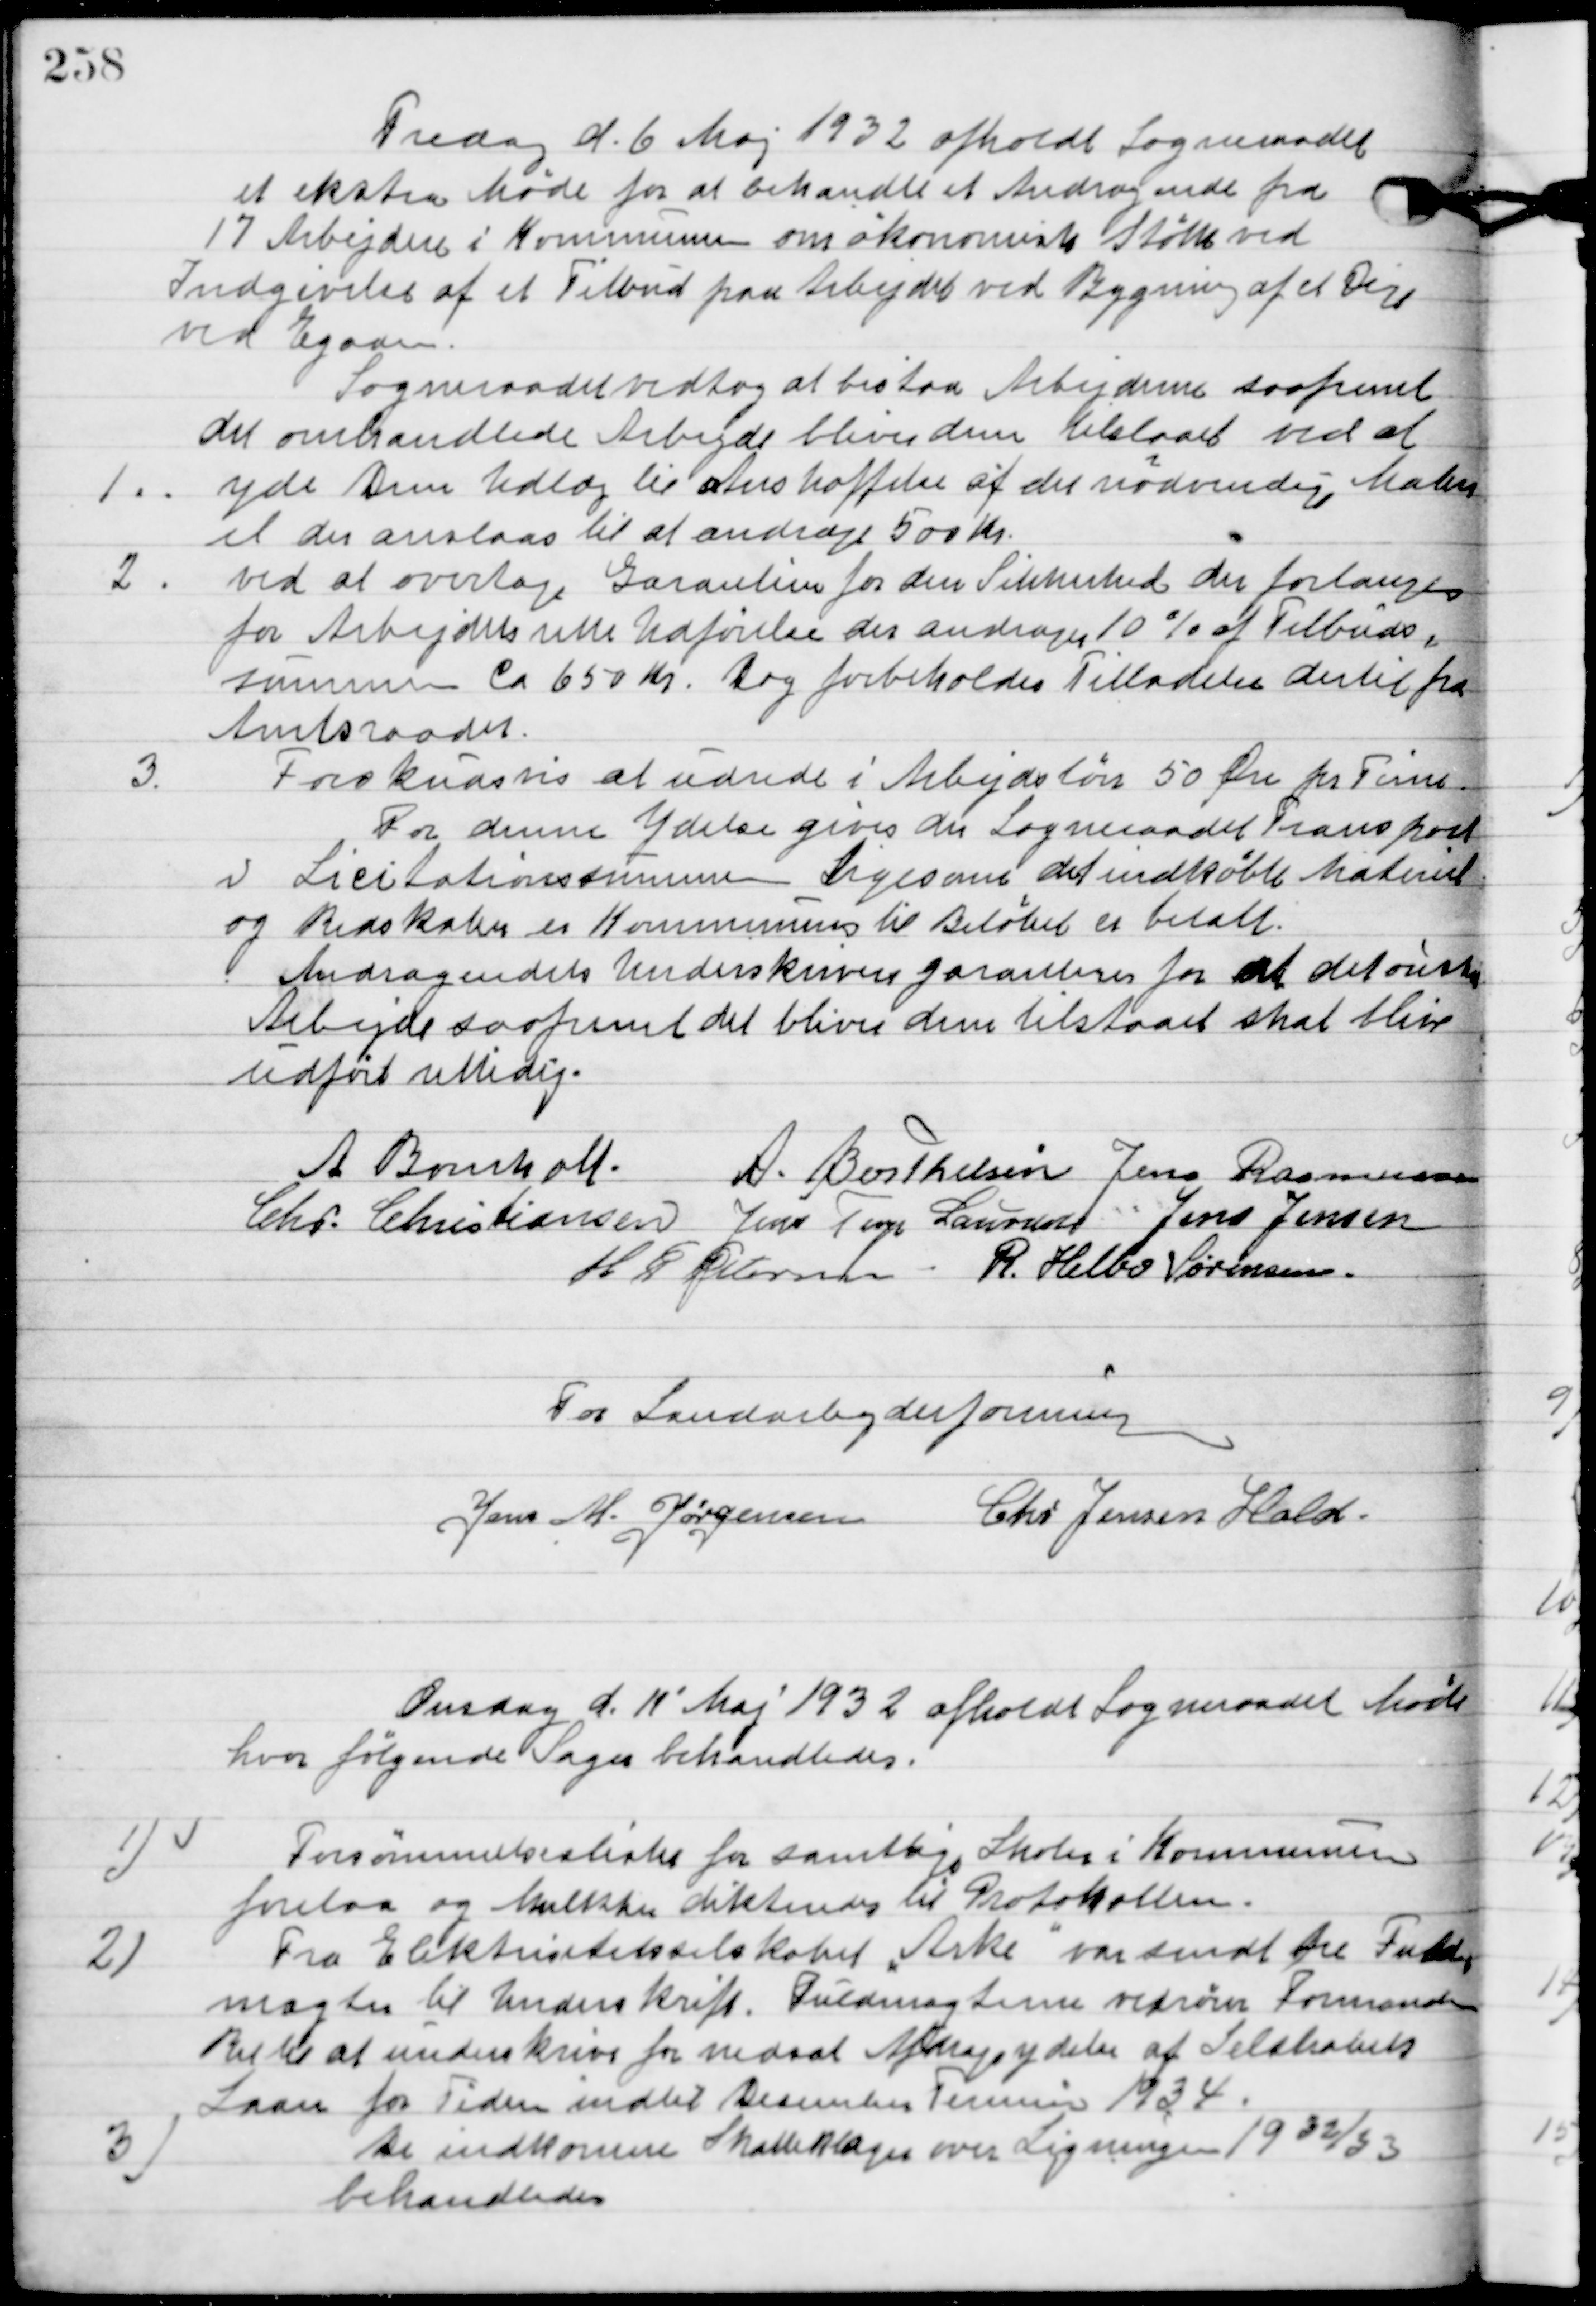
Transskription:
Fredag d. 6. Maj 1932 afholdt Sogneraadet
et ekstra Møde for at behandle et andragende fra
17 Arbejdere i Kommunen om økonomisk Støtte ved
Indgivelse af et Tilbud paa Arbejdet ved bygning af et dige
ved Egaa.
Sogneraadet vedtog at bistaa Arbejderne saafremt
det omhandlede Arbejdet bliver dem tilstaaet ved at

1

Yde Dem Udlæg til anskaffelse af det nødvendige Materia-
le der anslaas til at andrage 500 Kr.

2

Ved at overtage Garantien for den Sikkerhed der forlangtes
for Arbejdets rette Udførelse der andrager 10 % af Tilbuds-
summen ca. 650 Kr. Dog forbeholdes Tilladelse dertil fra
Amtsraadet.

3

Forskudsvis at udrede i Arbejdsløn 50 Øre pr. Time
For denne Ydelse gives der Sogneraadet Transport
i Licitationssummen Ligesom det indkøbte Materiel
og Redskaber er Kommunens til Beløbet er betalt.
Andragendet Underskrives garantien for at det ønskede
Arbejde saafremt det bliver em tilstaaet skal blive
udført rettidig.

A. Bomholt
A. Berthelsen
Jens Rasmussen
Chr. Christiansen
Jens Terp Laursen
Jens Jensen
H. P. Pedersen
R. Helbo Sørensen.

Fra Landarbejderforeningen
Jens M. Jørgensen
Chr. Jensen Hald.

Onsdag d. 11. Maj afholdt Sogneraadet Møde
hvor følgende Sager behandledes.

1

Forsømmelseslister for samtlige Skoler i Kommunen
forelaa og Mulkter dikteredes til Protokollen.

2

Fra Elektricitetsselskabet ”Arke” var sendt tre Fuld-
magter til Underskrift. Fuldmagterne vedrører Formandens
Ret til at underskrive for nedsat Arbejdsydelse af Selskabets 
Laan for tiden indtil Desember Terminen 1934.

3

De indkomme Skatteklagen over Ligningen 1932/33
behandledes.